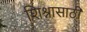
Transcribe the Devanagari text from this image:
शिश्नासाठी